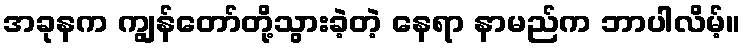
အခုနက ကျွန်တော်တို့သွားခဲ့တဲ့ နေရာ နာမည်က ဘာပါလိမ့်။